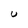
Character: U